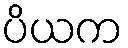
ပိယက